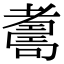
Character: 𦓃